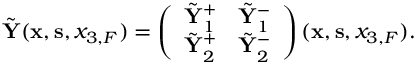
\begin{array} { r } { \tilde { \bf Y } ( { { \bf x } } , { { \bf s } } , { x _ { 3 , F } } ) = \left( \begin{array} { l l } { \tilde { \bf Y } _ { 1 } ^ { + } } & { \tilde { \bf Y } _ { 1 } ^ { - } } \\ { \tilde { \bf Y } _ { 2 } ^ { + } } & { \tilde { \bf Y } _ { 2 } ^ { - } } \end{array} \right) ( { { \bf x } } , { { \bf s } } , { x _ { 3 , F } } ) . } \end{array}